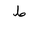
Letter: _da